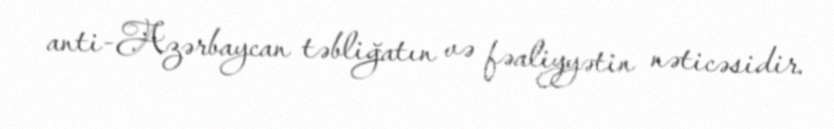
anti-Azərbaycan təbliğatın və fəaliyyətin nəticəsidir.